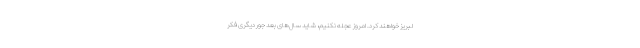
لبریز خواهند کرد. امروز عجله نکنیم، شاید سال‌های بعد جور دیگری فکر